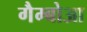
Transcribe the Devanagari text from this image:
गैम्बोआ